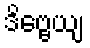
ဒိဗ္ဗေယျ